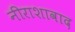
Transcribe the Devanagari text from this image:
नीराशावाद